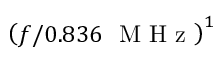
\left( { f / 0 . 8 3 6 ~ \mathrm { ~ M ~ H ~ z ~ } } \right) ^ { 1 }